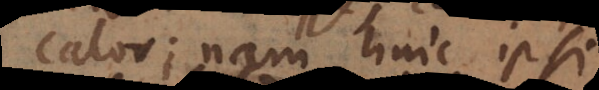
calor; nam huic ipsi